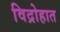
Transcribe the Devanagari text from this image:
विद्रोहात